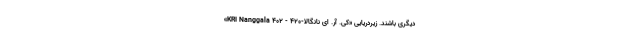
دیگری باشند. زیردریاییِ «کی. آر. ای نانگالا-۴۲۰ - KRI Nanggala ۴۰۲»